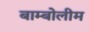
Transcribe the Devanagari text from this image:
बाम्बोलीम